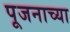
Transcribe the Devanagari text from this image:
पूजनाच्या